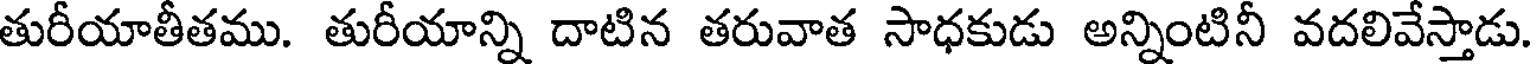
తురీయాతీతము. తురీయాన్ని దాటిన తరువాత సాధకుడు అన్నింటినీ వదలివేస్తాడు